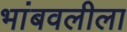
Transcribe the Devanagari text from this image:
भांबवलीला